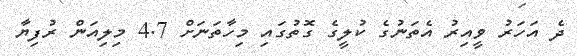
ދެ އަހަރު ވީއިރު އެތަނުގެ ކުލީގެ ގޮތުގައި މިހާތަނަށް 4.7 މިލިއަން ރުފިޔާ